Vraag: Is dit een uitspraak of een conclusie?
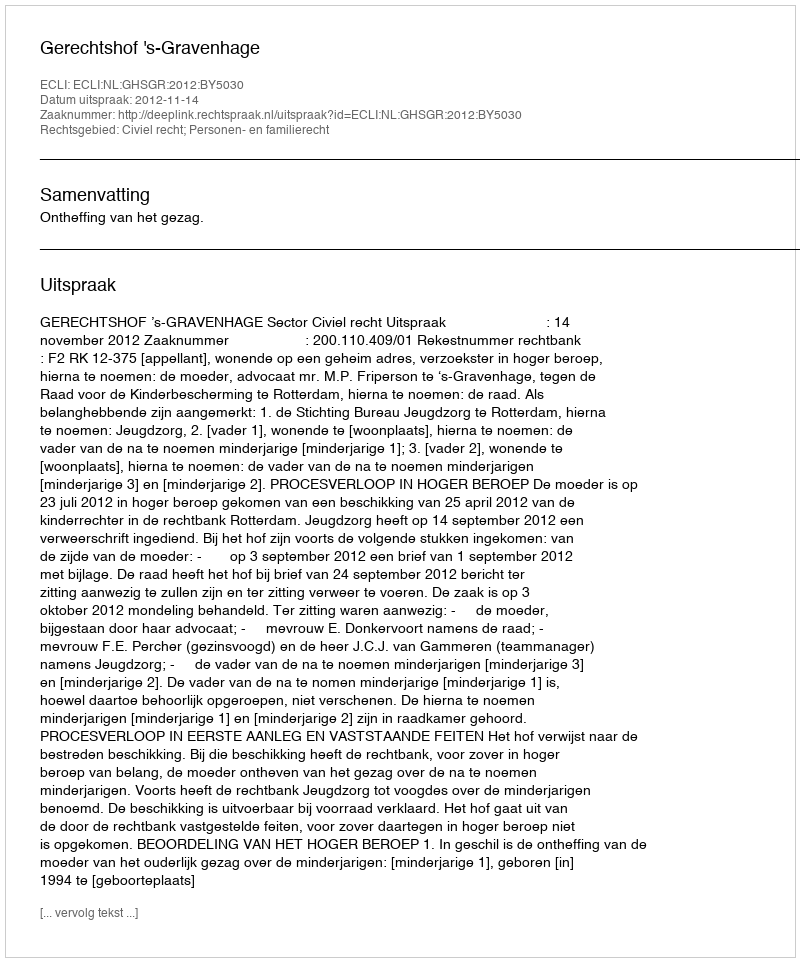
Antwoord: Uitspraak